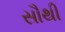
સૌથી